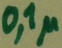
Text: 0,1µ